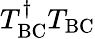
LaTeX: T_{\mathrm{BC}}^{\dagger}T_{\mathrm{BC}}